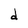
Character: d